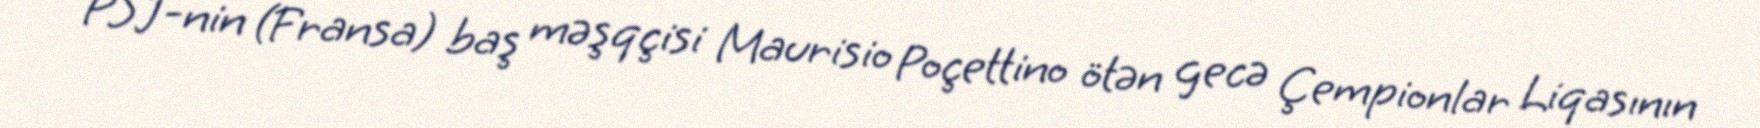
PSJ-nin (Fransa) baş məşqçisi Maurisio Poçettino ötən gecə Çempionlar Liqasının